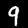
Label: 9